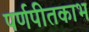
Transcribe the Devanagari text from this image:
पर्णपीतकाभ